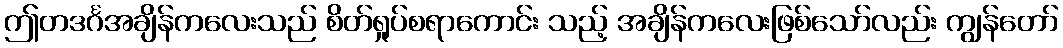
ဤတဒင်္ဂအချိန်ကလေးသည် စိတ်ရှုပ်စရာကောင်း သည့် အချိန်ကလေးဖြစ်သော်လည်း ကျွန်တော်